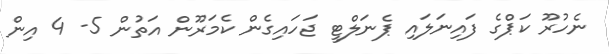
ނެހުރޫ ކަޕްގެ ފައިނަލައި ޕެނަލްޓީ ޖަހައިގެން ކެމަރޫން އަތުން 5- 4 އިން